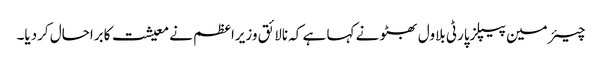
چیئرمین پیپلزپارٹی بلاول بھٹو نے کہا ہے کہ نالائق وزیراعظم نے معیشت کابراحال کردیا۔